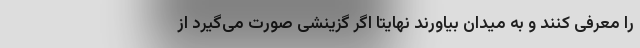
را معرفی کنند و به میدان بیاورند نهایتا اگر گزینشی صورت می‌گیرد از